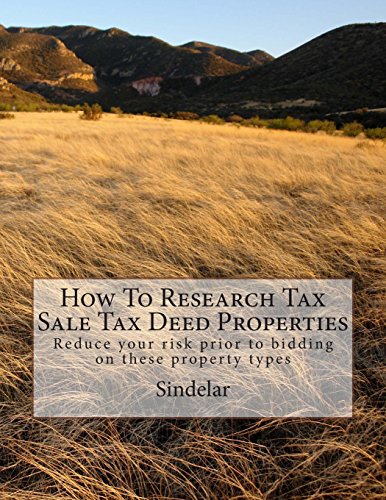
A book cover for How To Research Tax Sale Tax Deed Properties: Reduce your risk prior to bidding on these property types; Sindelar; Education & Teaching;